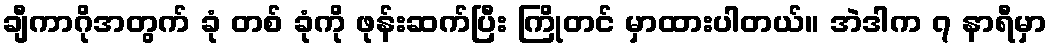
ချီကာဂိုအတွက် ခုံ တစ် ခုံကို ဖုန်းဆက်ပြီး ကြိုတင် မှာထားပါတယ်။ အဲဒါက ၇ နာရီမှာ